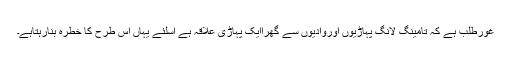
غورطلب ہے کہ تامینگ لانگ پہاڑیوں اوروادیوں سے گھراایک پہاڑی علاقہ ہے اسلئے یہاں اس طرح کا خطرہ بنارہتاہے۔